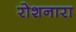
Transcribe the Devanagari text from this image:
रोशनारा